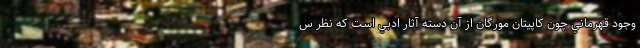
وجود قهرماني چون کاپيتان مورگان از آن دسته آثار ادبي است که نظر س